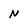
Character: N